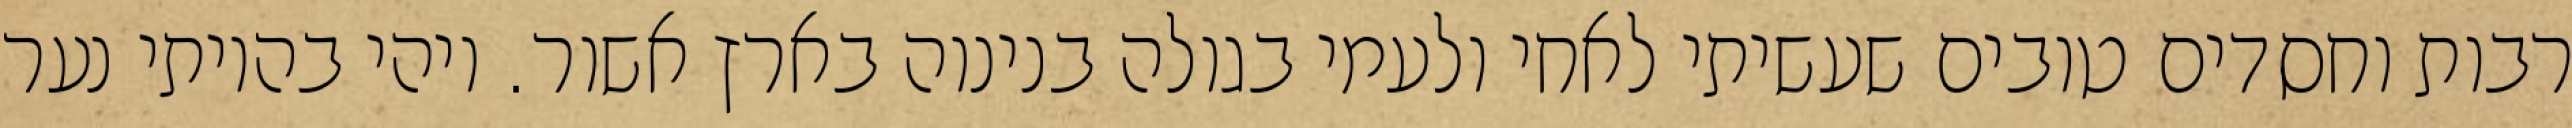
רבות וחסדים טובים שעשיתי לאחי ולעמי בגולה בנינוה בארץ אשור. ויהי בהיותי נער